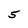
Character: 5